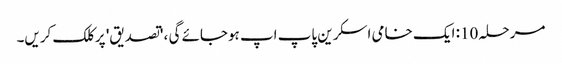
مرحلہ 10: ایک خامی اسکرین پاپ اپ ہوجائے گی ، 'تصدیق' پر کلک کریں۔